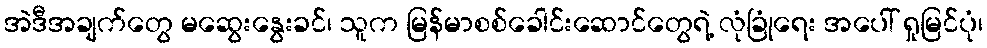
အဲဒီအချက်တွေ မဆွေးနွေးခင်၊ သူက မြန်မာစစ်ခေါင်းဆောင်တွေရဲ့ လုံခြုံရေး အပေါ် ရှုမြင်ပုံ၊